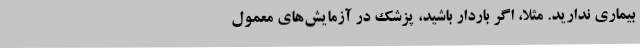
بیماری ندارید. مثلاً، اگر باردار باشید، پزشک در آزمایش‌های معمول